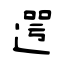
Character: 遌